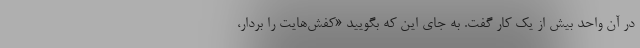
در آن واحد بیش از یک کار گفت. به جای این که بگویید «کفش‌هایت را بردار،